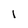
Character: 1